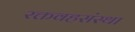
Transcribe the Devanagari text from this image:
रक्तवहसंस्था